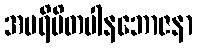
အပရိမိတပါနဘောဇနာ